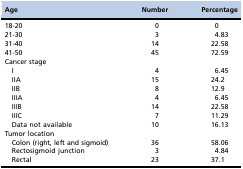
<table><thead><tr><td><b>Age</b></td><td><b>Number</b></td><td><b>Percentage</b></td></tr></thead><tbody><tr><td>18-20</td><td>0</td><td>0</td></tr><tr><td>21-30</td><td>3</td><td>4.83</td></tr><tr><td>31-40</td><td>14</td><td>22.58</td></tr><tr><td>41-50</td><td>45</td><td>72.59</td></tr><tr><td>Cancer stage</td><td></td><td></td></tr><tr><td>I</td><td>4</td><td>6.45</td></tr><tr><td>IIA</td><td>15</td><td>24.2</td></tr><tr><td>IIB</td><td>8</td><td>12.9</td></tr><tr><td>IIIA</td><td>4</td><td>6.45</td></tr><tr><td>IIIB</td><td>14</td><td>22.58</td></tr><tr><td>IIIC</td><td>7</td><td>11.29</td></tr><tr><td>Data not available</td><td>10</td><td>16.13</td></tr><tr><td>Tumor location</td><td></td><td></td></tr><tr><td>Colon (right, left and sigmoid)</td><td>36</td><td>58.06</td></tr><tr><td>Rectosigmoid junction</td><td>3</td><td>4.84</td></tr><tr><td>Rectal</td><td>23</td><td>37.1</td></tr></tbody></table>